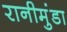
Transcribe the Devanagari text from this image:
रानीमुंडा